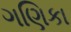
ગણિકા